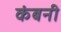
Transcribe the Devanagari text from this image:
कंबनी